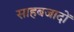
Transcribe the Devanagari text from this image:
साहबजादों